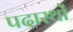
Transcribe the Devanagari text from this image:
पदारथों